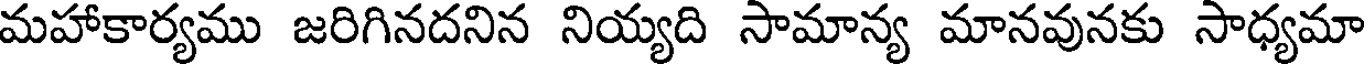
మహాకార్యము జరిగినదనిన నియ్యది సామాన్య మానవునకు సాధ్యమా